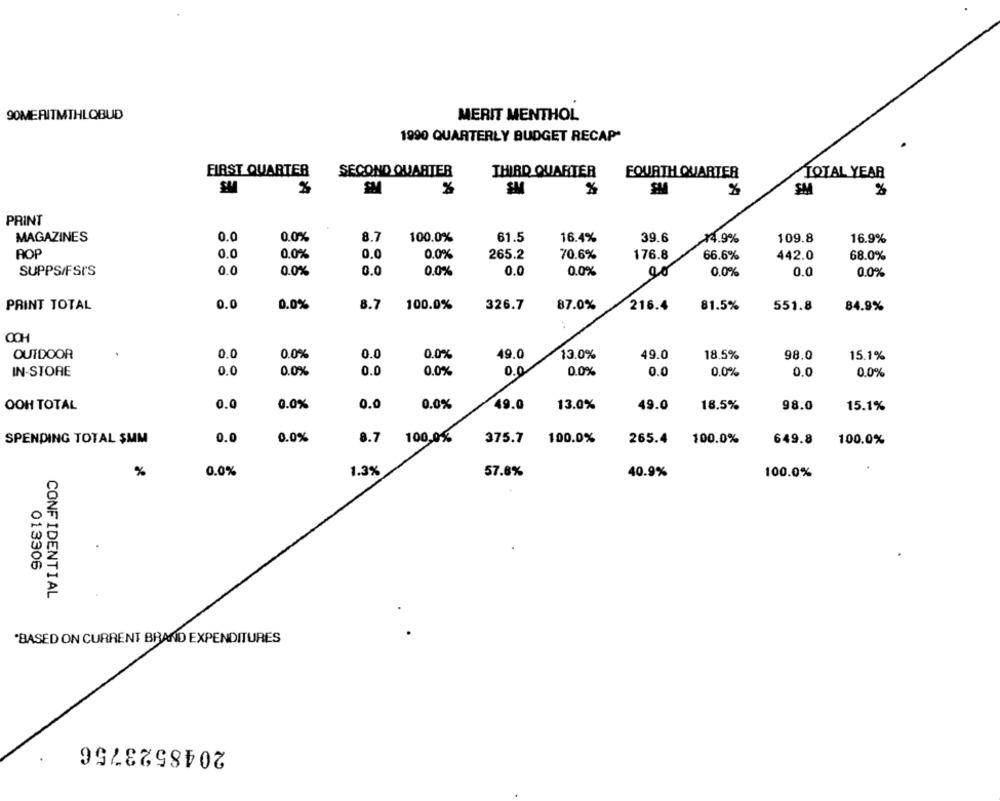
90MERITMTHLOBUD
MERIT MENTHOL
1990 QUARTERLY BUDGET RECAP*
FIRST QUARTER
SECOND QUARTER
THIRD QUARTER
FOURTH QUARTER
TOTAL YEAR
%
SM
%
%
SM
%
PRINT
MAGAZINES
0.0
0.0%
8.7
100.0%
61.5
16.4%
39.6
x4.9%
109.8
16.9%
ROP
0.0
0.0
0.0%
265.2
70.6%
176.8
66.6%
442.0
68.0%
0.0%
SUPPS/FSI'S
0.0
0.0%
0.0
0.0%
0.0
0.0%
0.0%
0.0
0.0%
0.0
0.0%
8.7
PRINT TOTAL
100.0%
326.7
87.0%
216.4
81.5%
551.8
84.9%
OCH
0.0
49.0
OUTDOOR
0.0
0.0%
0.0%
49.0
13.0%
18.5%
98.0
15.1%
IN-STORE
0.0
0.0%
0.0
0.0%
0.0
0.0%
0.0
0.0%
0.0
0.0%
OOH TOTAL
0.0
0.0%
0.0
0.0%
49.0
13.0%
49.0
18.5%
98.0
15.1%
SPENDING TOTAL $MM
0.0
0.0%
8.7
100,0%
375.7
100.0%
265.4
100.0%
649.8
100.0%
%
0.0%
1.3%
57.8%
40.9%
100.0%
013306
CONFIDENTIAL
.
"BASED ON CURRENT BRAND EXPENDITURES
2048523756